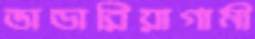
ভান্ডারিয়াগামী